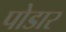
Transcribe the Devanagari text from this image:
पोडार